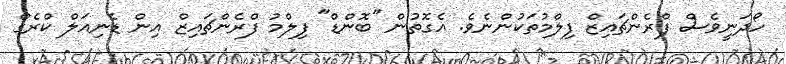
ހޯދަނީވެސް ފްރެންޗައިޒް ފިލްމުތަކުންނެވެ. އެގޮތުން "ބޮންޑް" ފިލްމު ފްރެންޗައިޒް އިން ޑެނިއަލް ކްރެގް